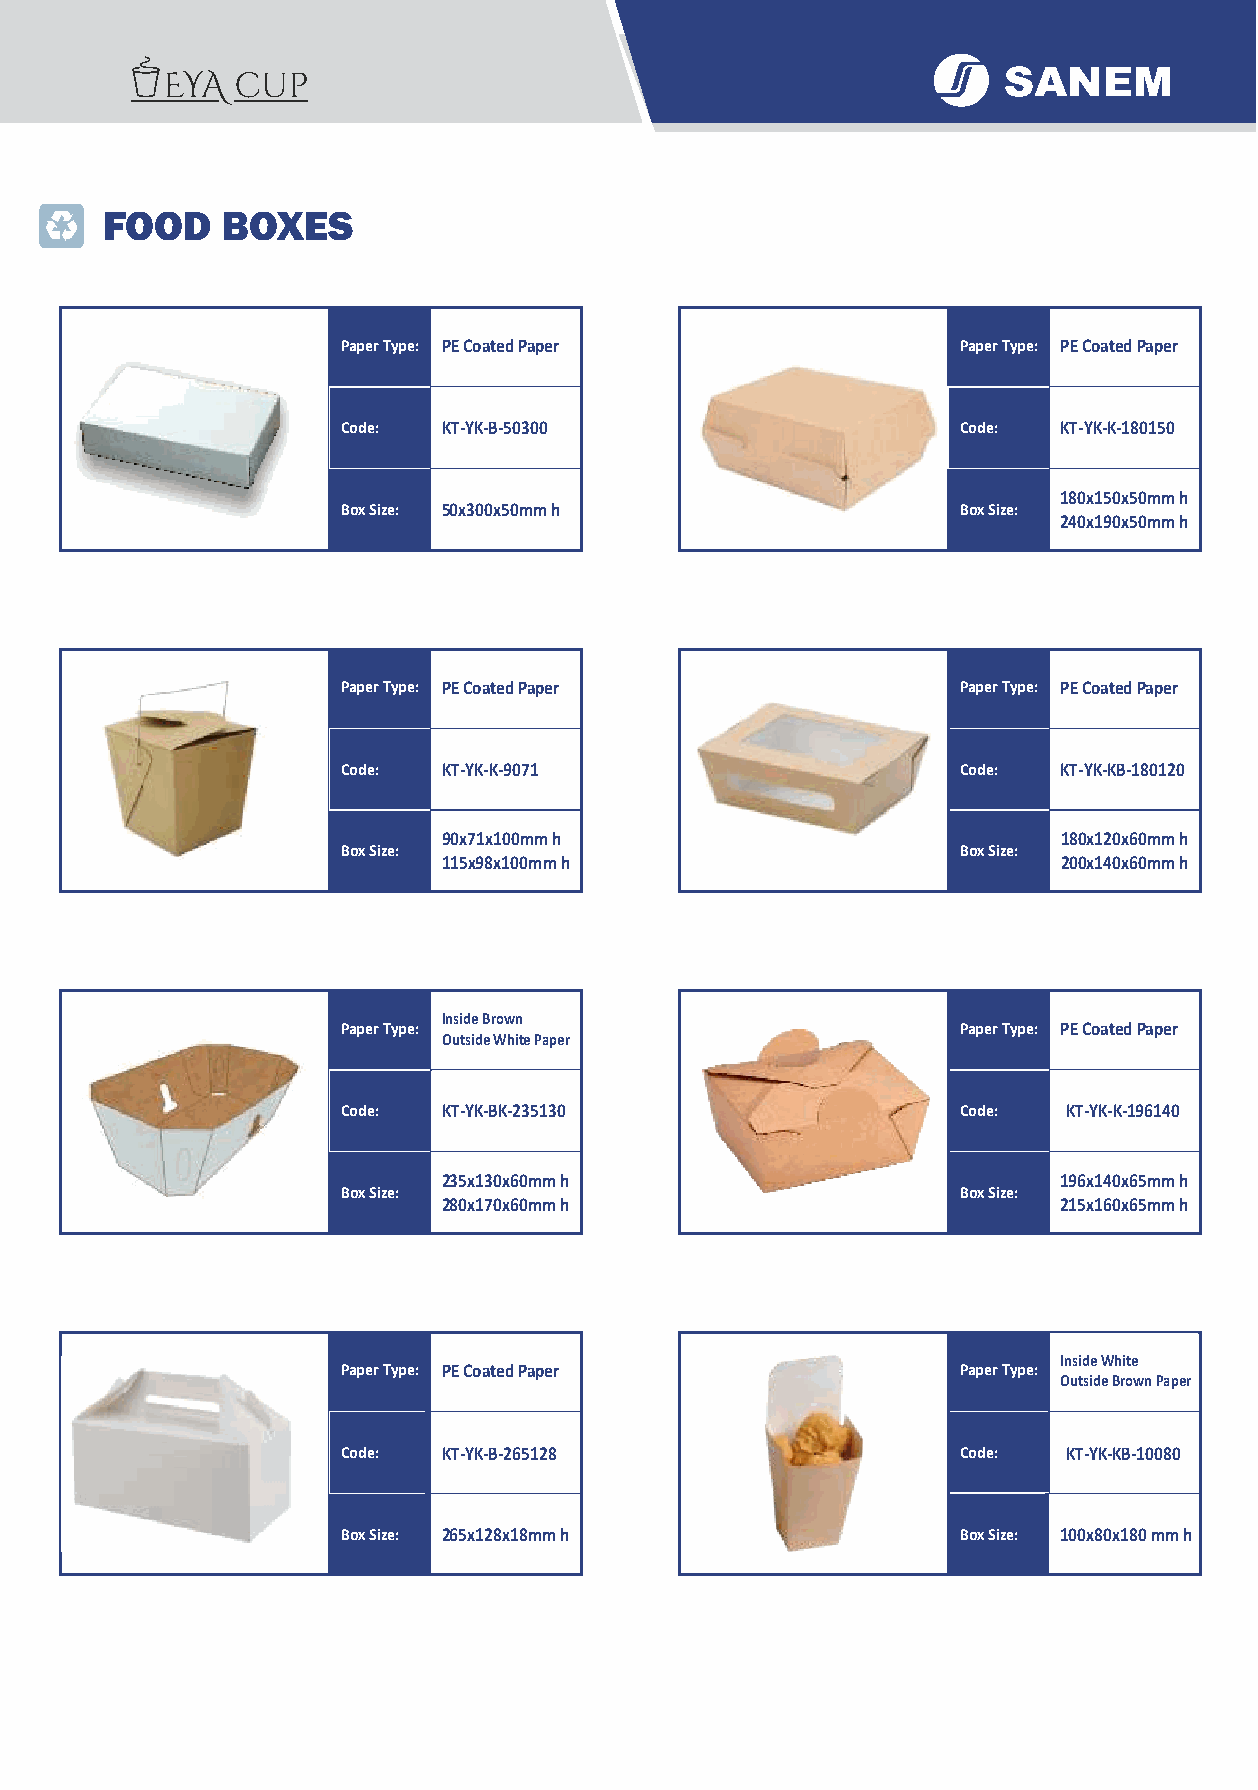
FOOD    BOXES
 Paper Type: PE Coated Paper              Paper Type: PE Coated Paper
 Code: KT-YK-B-50300                      Code: KT-YK-K-180150
 180x150x50mm h
 Box Size: 50x300x50mm h                  Box Size:
 240x190x50mm h
 Paper Type: PE Coated Paper              Paper Type: PE Coated Paper
 Code: KT-YK-K-9071                       Code: KT-YK-KB-180120
 90x71x100mm h                            180x120x60mm h
 Box Size:                                Box Size:
 115x98x100mm h                           200x140x60mm h
 Inside Brown
 Paper Type:                              Paper Type: PE Coated Paper
 Outside White Paper
 Code: KT-YK-BK-235130                    Code:  KT-YK-K-196140
 235x130x60mm h                           196x140x65mm h
 Box Size:                                Box Size:
 280x170x60mm h                           215x160x65mm h
 Inside White
 Paper Type: PE Coated Paper              Paper Type:
 Outside Brown Paper
 Code: KT-YK-B-265128                     Code:  KT-YK-KB-10080
 Box Size: 265x128x18mm h                 Box Size: 100x80x180 mm h